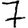
Digit: 7